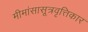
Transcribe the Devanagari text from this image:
मीमांसासूत्रवृत्तिकार